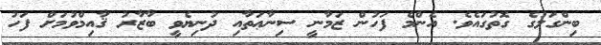
ބިންގަލުގެ ގޮތުގައެވެ. އެންމެ ފަހުން ޒަމާނީ ސިނާޢަތާއި ދުނިޔެވީ ބާޒާރު ޤާއިމްވުމަށް ފަހު